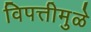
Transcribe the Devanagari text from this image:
विपत्तीमुळे